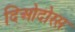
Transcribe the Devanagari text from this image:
दिओदोरस